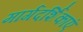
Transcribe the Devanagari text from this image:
मार्गदर्शिकाएं